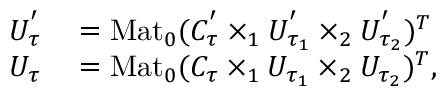
\begin{array} { r l } { U _ { \tau } ^ { ' } } & { { } = \mathrm { M a t } _ { 0 } ( C _ { \tau } ^ { ' } \times _ { 1 } U _ { \tau _ { 1 } } ^ { ' } \times _ { 2 } U _ { \tau _ { 2 } } ^ { ' } ) ^ { T } } \\ { U _ { \tau } } & { { } = \mathrm { M a t } _ { 0 } ( C _ { \tau } \times _ { 1 } U _ { \tau _ { 1 } } \times _ { 2 } U _ { \tau _ { 2 } } ) ^ { T } , } \end{array}